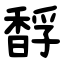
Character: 馟